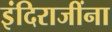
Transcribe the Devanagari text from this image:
इंदिराजींना